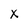
Character: X